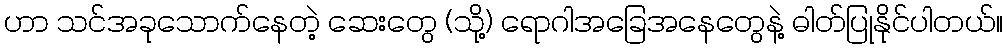
ဟာ သင်အခုသောက်နေတဲ့ ဆေးတွေ (သို့) ရောဂါအခြေအနေတွေနဲ့ ဓါတ်ပြုနိုင်ပါတယ်။